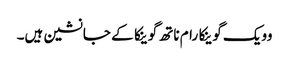
وویک گوینکا رام ناتھ گوینکا کے جانشین ہیں۔